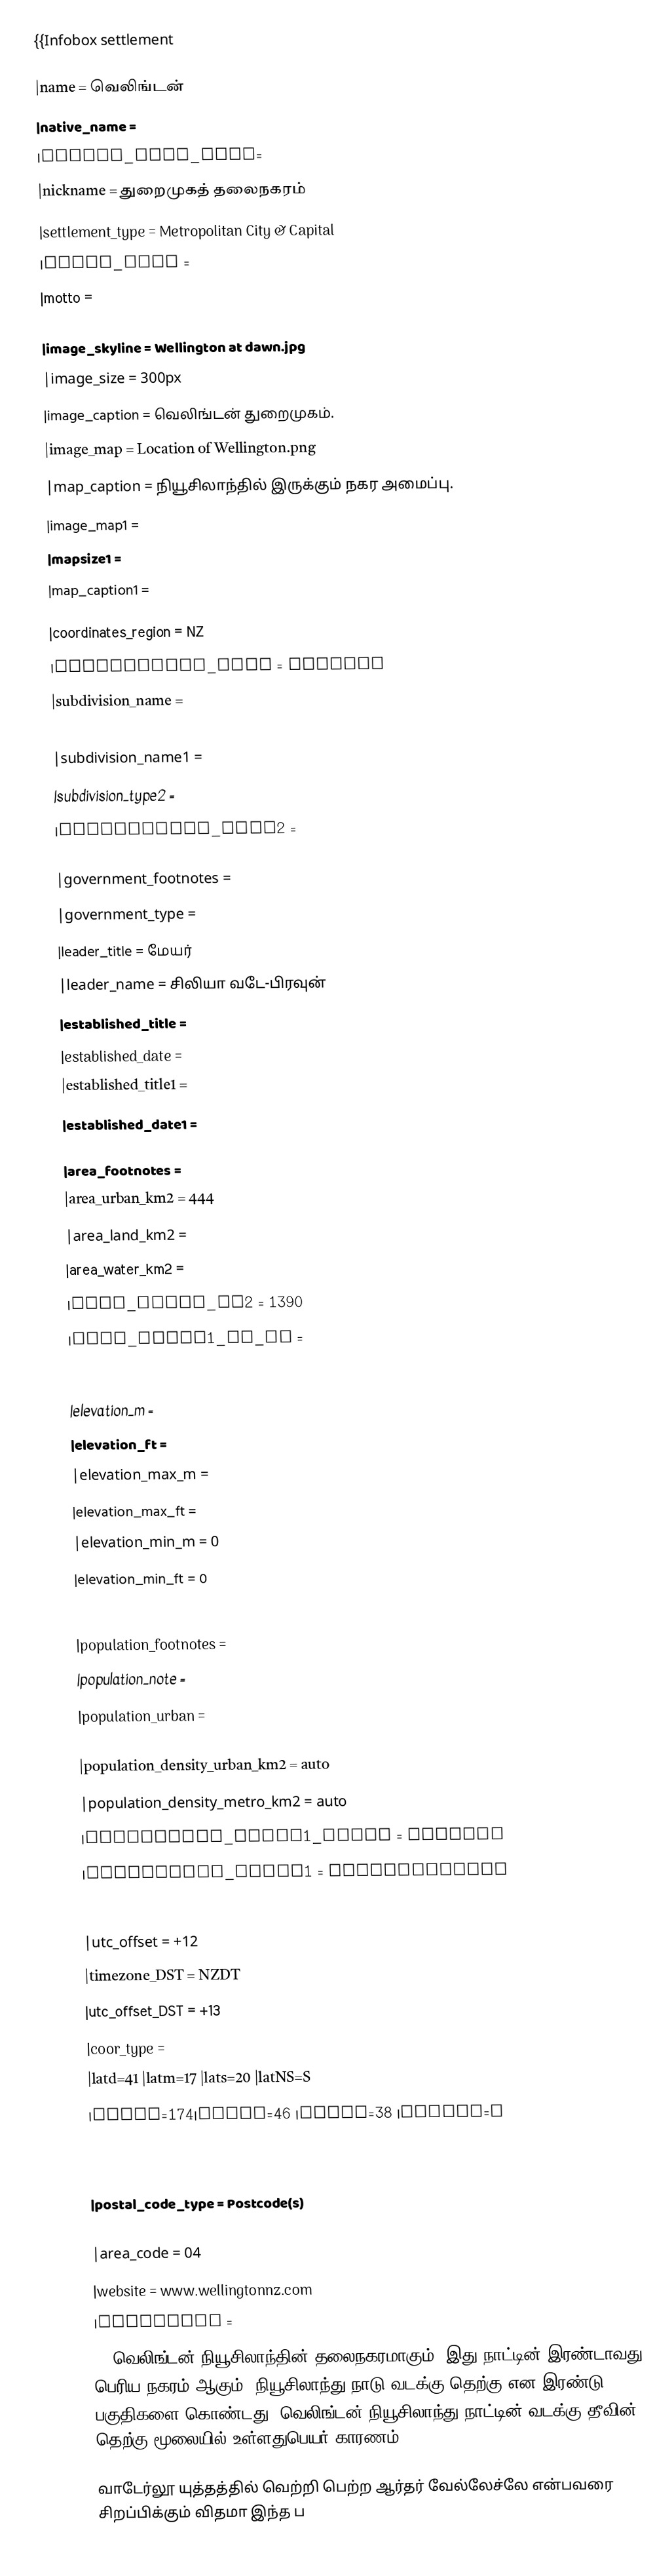
{{Infobox settlement

|name = வெலிங்டன்
|native_name =
|native_name_lang=
|nickname = துறைமுகத் தலைநகரம்
|settlement_type = Metropolitan City & Capital
|total_type =
|motto =

|image_skyline = Wellington at dawn.jpg
|image_size = 300px
|image_caption = வெலிங்டன் துறைமுகம்.
|image_map = Location of Wellington.png
|map_caption = நியூசிலாந்தில் இருக்கும் நகர அமைப்பு.
|image_map1 =
|mapsize1 =
|map_caption1 =

|coordinates_region = NZ
|subdivision_type = Country
|subdivision_name =
|subdivision_type1 =
|subdivision_name1 =
|subdivision_type2 =
|subdivision_name2 =

|government_footnotes =
|government_type      =
|leader_title         = மேயர்
|leader_name          = சிலியா வடே-பிரவுன்
|established_title    =
|established_date     =
|established_title1   =
|established_date1    =

|area_footnotes =
|area_urban_km2 = 444
|area_land_km2 =
|area_water_km2 =
|area_metro_km2 = 1390
|area_blank1_sq_mi =

|elevation_footnotes =
|elevation_m =
|elevation_ft =
|elevation_max_m =
|elevation_max_ft =
|elevation_min_m = 0
|elevation_min_ft = 0

|population_as_of =
|population_footnotes =
|population_note =
|population_urban =
|population_metro =
|population_density_urban_km2 = auto
|population_density_metro_km2 = auto
|population_blank1_title = Demonym
|population_blank1 = Wellingtonian

|timezone = NZST
|utc_offset = +12
|timezone_DST = NZDT
|utc_offset_DST = +13
|coor_type =
|latd=41 |latm=17 |lats=20 |latNS=S
|longd=174|longm=46 |longs=38 |longEW=E

|blank_name =Local iwi
|blank_info =Ngāti Toa Rangatira, Ngāti Raukawa, Te Āti Awa
|postal_code_type = Postcode(s)
|postal_code = 5000-5499, 6000-6999
|area_code = 04
|website = www.wellingtonnz.com
|footnotes =
}} வெலிங்டன் நியூசிலாந்தின் தலைநகரமாகும். இது நாட்டின் இரண்டாவது பெரிய நகரம் ஆகும். நியூசிலாந்து நாடு வடக்கு தெற்கு என இரண்டு பகுதிகளை கொண்டது. வெலிங்டன் நியூசிலாந்து நாட்டின் வடக்கு தீவின் தெற்கு மூலையில் உள்ளதுபெயர் காரணம் :-

வாடேர்லூ யுத்தத்தில் வெற்றி பெற்ற ஆர்தர் வேல்லேச்லே என்பவரை சிறப்பிக்கும் விதமா இந்த ப